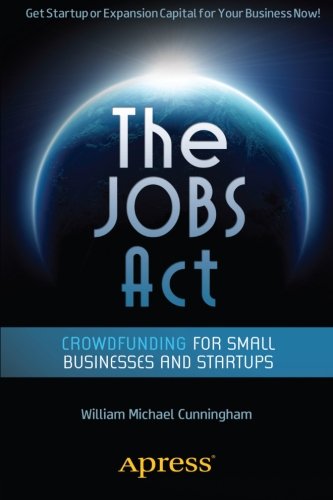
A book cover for The JOBS Act: Crowdfunding for Small Businesses and Startups; William Michael Cunningham; Business & Money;